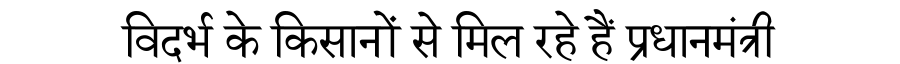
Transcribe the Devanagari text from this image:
विदर्भ के किसानों से मिल रहे हैं प्रधानमंत्री